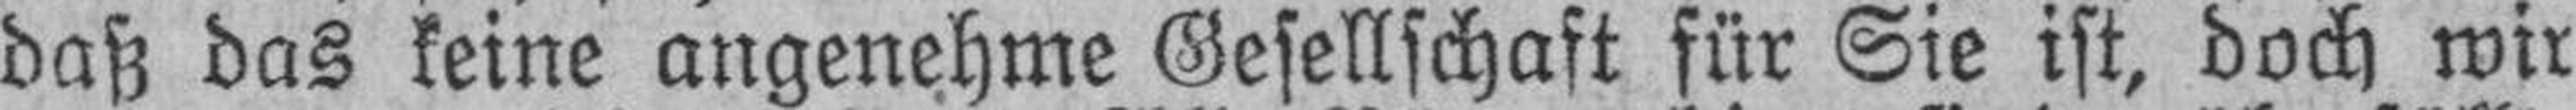
daß das keine angenehme Gesellschaft für Sie ist, doch wir